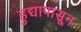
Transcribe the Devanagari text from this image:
हुद्यापासून